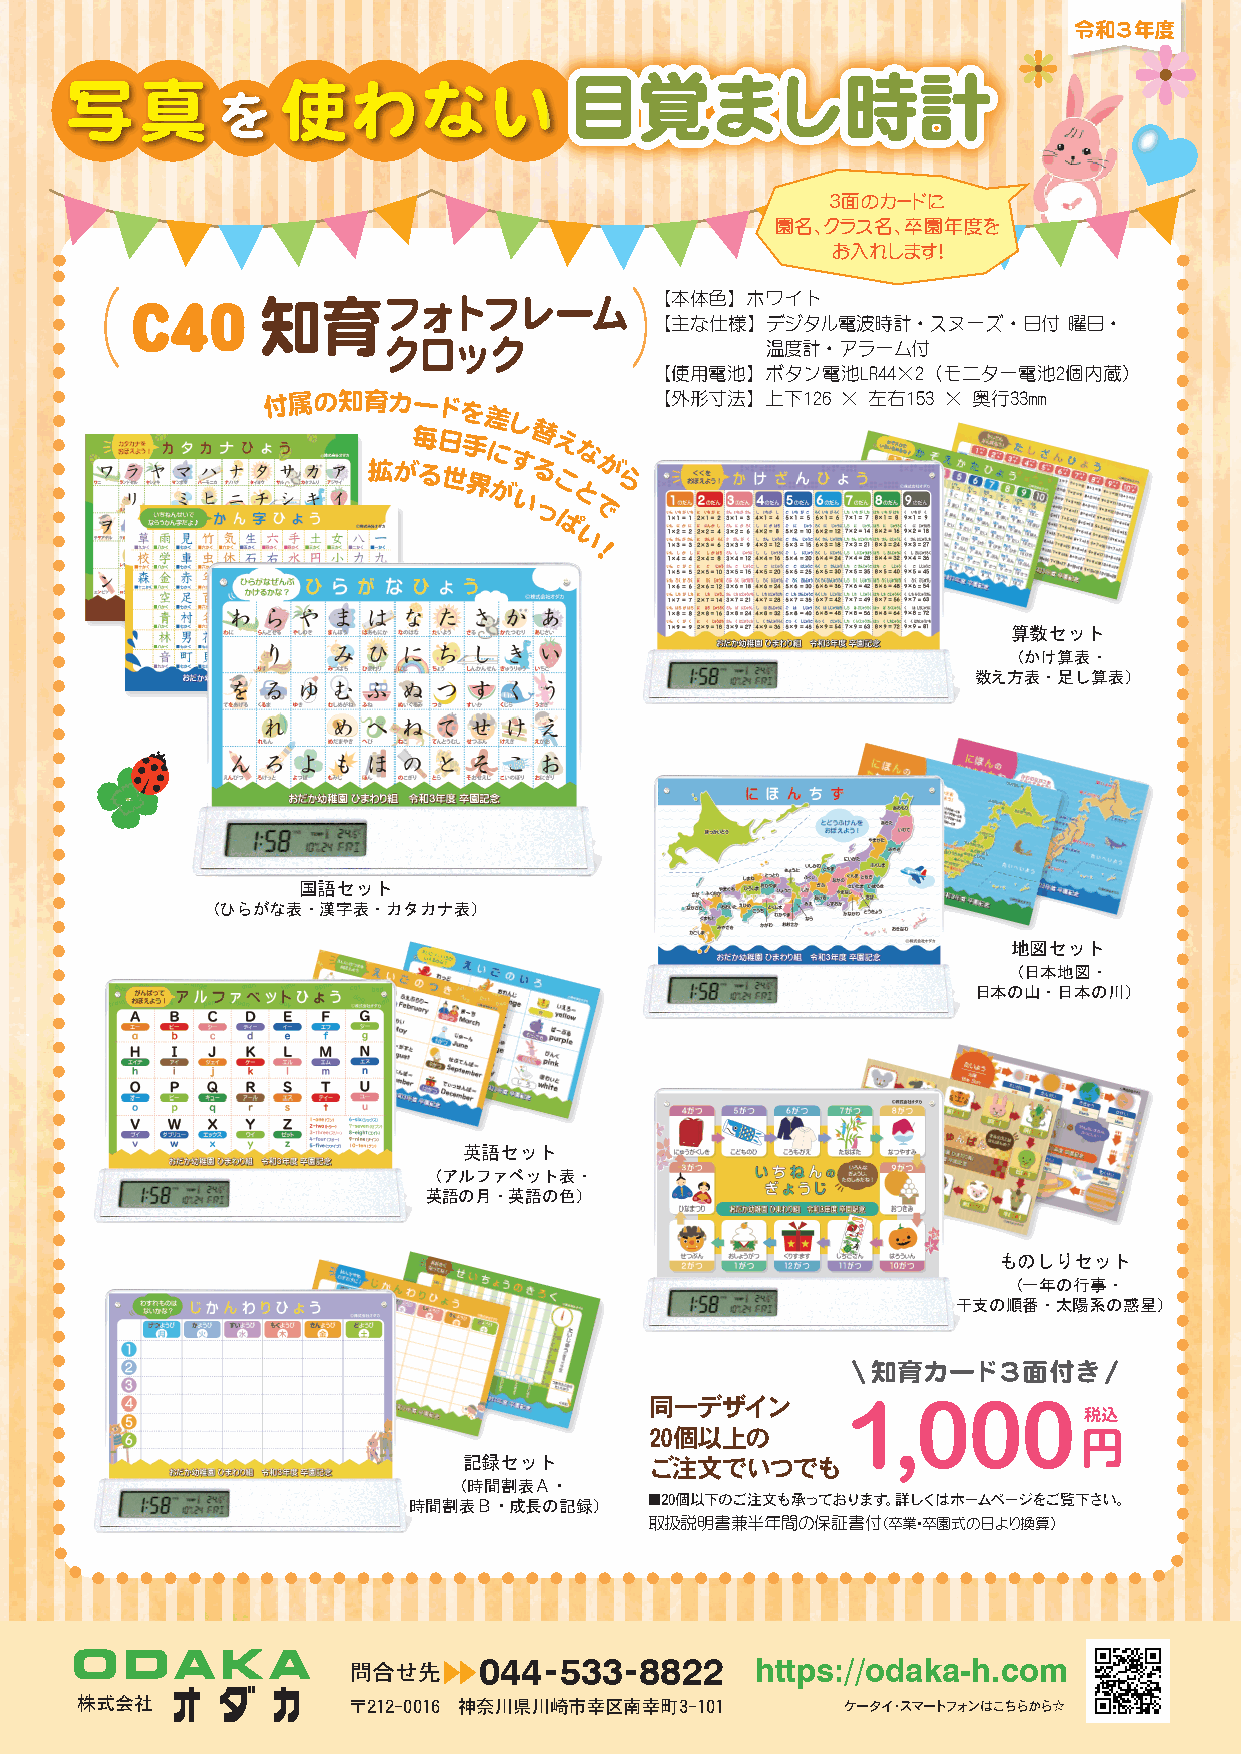
令和３年度
 目覚まし時計
 写真             使わない
 を
 ３面のカードに
 園名、クラス名、卒園年度を
 お入れします！
 C40     知育フォトフレーム                 【本体色】ホワイト
 【主な仕様】デジタル電波時計・スヌーズ・日付      曜日・
 クロック                      温度計・アラーム付
 【使用電池】ボタン電池LR44×2（モニター電池2個内蔵）
 付属の知育カードを                 【外形寸法】上下126  × 左右153 × 奥行33㎜
 差
 し
 毎日手     替
 え
 拡がる世   界に がす いる
 こ
 とな が
 ら
 っ   で
 ぱ
 い
 ！
 算数セット
 （かけ算表・
 数え方表・足し算表）
 国語セット
 （ひらがな表・漢字表・カタカナ表）
 地図セット
 （日本地図・
 日本の山・日本の川）
 英語セット
 （アルファベット表・
 英語の月・英語の色）
 ものしりセット
 （一年の行事・
 干支の順番・太陽系の惑星）
 知育カード３面付き
 同一デザイン       1,000
 税込
 20個以上の                      円
 記録セット       ご注文でいつでも
 （時間割表Ａ・
 時間割表Ｂ・成長の記録）    ■20個以下のご注文も承っております。詳しくはホームページをご覧下さい。
 取扱説明書兼半年間の保証書付(卒業・卒園式の日より換算)
 問合せ先     044-533-8822      https://odaka-h.com
 株式会社              〒212-0016 神奈川県川崎市幸区南幸町3-101      ケータイ・スマートフォンはこちらから☆